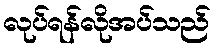
လုပ်ရန်လိုအပ်သည်